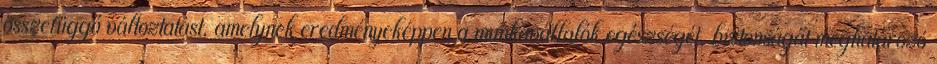
összefüggő változtatást, amelynek eredményeképpen a munkavállalók egészségét, biztonságát meghatározó